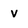
Character: v